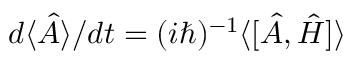
d \langle \hat { A } \rangle / d t = ( i \hbar ) ^ { - 1 } \langle \lbrack \hat { A } , \hat { H } ] \rangle